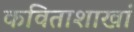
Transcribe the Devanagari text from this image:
कविताशाखां